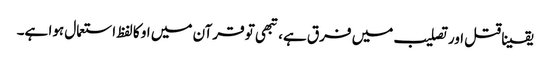
یقینا قتل اور تصلیب میں فرق ہے، تبھی تو قرآن میں او کا لفظ استعمال ہوا ہے۔